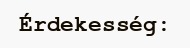
Érdekesség: